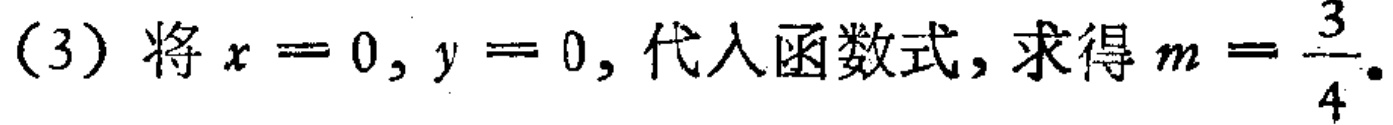
(3) 将 \(x = 0, y = 0\), 代入函数式, 求得 \(m=\frac{3}{4}\).